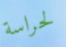
لحراسة